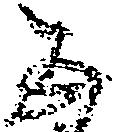
五